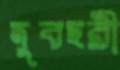
দুবছরী